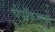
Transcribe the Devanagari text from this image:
चेपॉकमध्ये